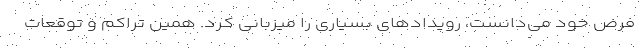
فرض خود می‌دانست، رویدادهای بسیاری را میزبانی کرد. همین تراکم و توقعات